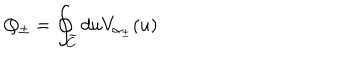
Q _ { \pm } = \oint _ { \widetilde { C } } d u V _ { \alpha _ { \pm } } ( u )